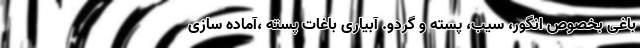
باغی بخصوص انگور، سیب، پسته و گردو. آبیاری باغات پسته ،آماده سازی